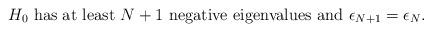
LaTeX: \begin{align*}\mbox{$H_0$ has at least $N+1$ negative eigenvalues and $\epsilon_{N+1}=\epsilon_N$.}\end{align*}